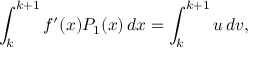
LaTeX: \int _ { k } ^ { k + 1 } f ^ { \prime } ( x ) P _ { 1 } ( x ) \, d x = \int _ { k } ^ { k + 1 } u \, d v ,